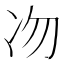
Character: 𠖳